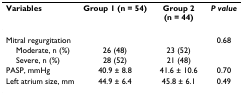
<table><thead><tr><td><b>Variables</b></td><td><b>Group 1 (n = 54)</b></td><td><b>Group 2 (n = 44)</b></td><td><b><i>P value</i></b></td></tr></thead><tbody><tr><td>Mitral regurgitation</td><td></td><td></td><td>0.68</td></tr><tr><td> Moderate, n (%)</td><td>26 (48)</td><td>23 (52)</td><td></td></tr><tr><td> Severe, n (%)</td><td>28 (52)</td><td>21 (48)</td><td></td></tr><tr><td>PASP, mmHg</td><td>40.9 ± 8.8</td><td>41.6 ± 10.6</td><td>0.70</td></tr><tr><td>Left atrium size, mm</td><td>44.9 ± 6.4</td><td>45.8 ± 6.1</td><td>0.49</td></tr></tbody></table>